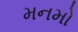
મનમો